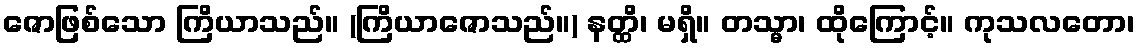
ဇောဖြစ်သော ကြိယာသည်။ (ကြိယာဇောသည်။) နတ္ထိ၊ မရှိ။ တသ္မာ၊ ထိုကြောင့်။ ကုသလတော၊